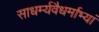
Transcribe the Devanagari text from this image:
साधर्म्यवैधर्माभ्यां